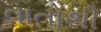
વાતોથી